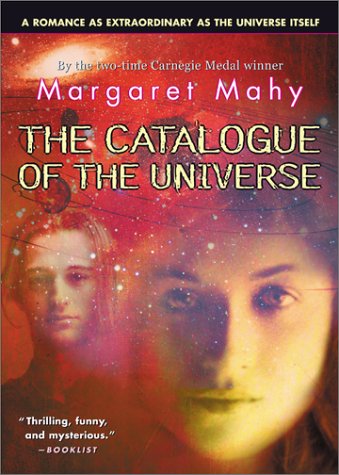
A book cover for Catalogue of the Universe; Margaret Mahy; Teen & Young Adult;